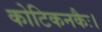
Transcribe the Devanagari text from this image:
कोटिकनकैः।